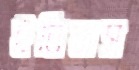
ইতিহাস